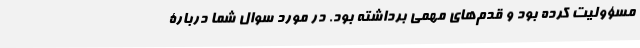
مسؤولیت کرده بود و قدم‌های مهمی برداشته بود‌. در مورد سوال شما دربارۀ